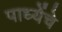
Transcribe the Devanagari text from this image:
पाध्येंचे